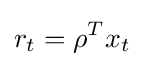
r_{t}=\rho ^{T}x_{t}